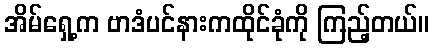
အိမ်ရှေ့က ဗာဒံပင်နားကထိုင်ခုံကို ကြည့်တယ်။